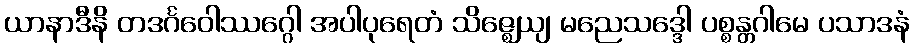
ယာနာဒီနိ တဒင်္ဂဝေါဿဂ္ဂေါ အပါပုရေတံ သိဇ္ဈေယျ မညေသဒ္ဒေါ ပစ္စန္တဂါမေ ပသာဒနံ